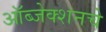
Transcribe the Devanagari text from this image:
ऑब्जेक्शनचे